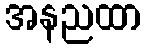
အနညထာ